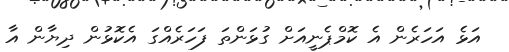
އަޅެ އަހަރެން އެ ކޮމްޕެނީއަށް ގުޅަންތަ ފަހަރެއްގަ އެކޮޅުން ދިޔާން އާ